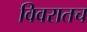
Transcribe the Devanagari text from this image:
विवरातच